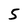
Character: 5